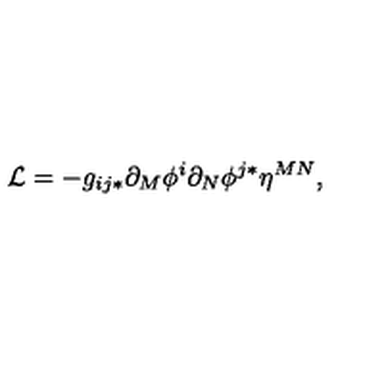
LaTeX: { \cal L } = - g _ { i j * } \partial _ { M } \phi ^ { i } \partial _ { N } \phi ^ { j * } \eta ^ { M N } ,